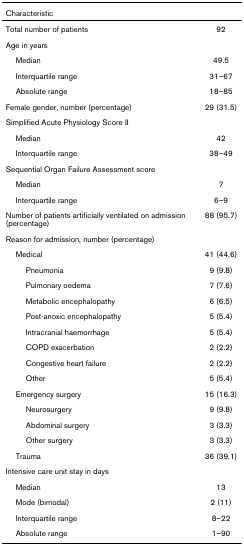
<table><thead><tr><td><b>Characteristic</b></td><td></td></tr></thead><tbody><tr><td>Total number of patients</td><td>92</td></tr><tr><td>Age in years</td><td></td></tr><tr><td> Median</td><td>49.5</td></tr><tr><td> Interquartile range</td><td>31–67</td></tr><tr><td> Absolute range</td><td>18–85</td></tr><tr><td>Female gender, number (percentage)</td><td>29 (31.5)</td></tr><tr><td>Simplified Acute Physiology Score II</td><td></td></tr><tr><td> Median</td><td>42</td></tr><tr><td> Interquartile range</td><td>38–49</td></tr><tr><td>Sequential Organ Failure Assessment score</td><td></td></tr><tr><td> Median</td><td>7</td></tr><tr><td> Interquartile range</td><td>6–9</td></tr><tr><td>Number of patients artificially ventilated on admission (percentage)</td><td>88 (95.7)</td></tr><tr><td>Reason for admission, number (percentage)</td><td></td></tr><tr><td> Medical</td><td>41 (44.6)</td></tr><tr><td>Pneumonia</td><td>9 (9.8)</td></tr><tr><td>Pulmonary oedema</td><td>7 (7.6)</td></tr><tr><td>Metabolic encephalopathy</td><td>6 (6.5)</td></tr><tr><td>Post-anoxic encephalopathy</td><td>5 (5.4)</td></tr><tr><td>Intracranial haemorrhage</td><td>5 (5.4)</td></tr><tr><td>COPD exacerbation</td><td>2 (2.2)</td></tr><tr><td>Congestive heart failure</td><td>2 (2.2)</td></tr><tr><td>Other</td><td>5 (5.4)</td></tr><tr><td> Emergency surgery</td><td>15 (16.3)</td></tr><tr><td>Neurosurgery</td><td>9 (9.8)</td></tr><tr><td>Abdominal surgery</td><td>3 (3.3)</td></tr><tr><td>Other surgery</td><td>3 (3.3)</td></tr><tr><td> Trauma</td><td>36 (39.1)</td></tr><tr><td>Intensive care unit stay in days</td><td></td></tr><tr><td> Median</td><td>13</td></tr><tr><td> Mode (bimodal)</td><td>2 (11)</td></tr><tr><td> Interquartile range</td><td>8–22</td></tr><tr><td> Absolute range</td><td>1–90</td></tr></tbody></table>